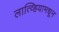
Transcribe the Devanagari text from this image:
लात्व्हियामधून